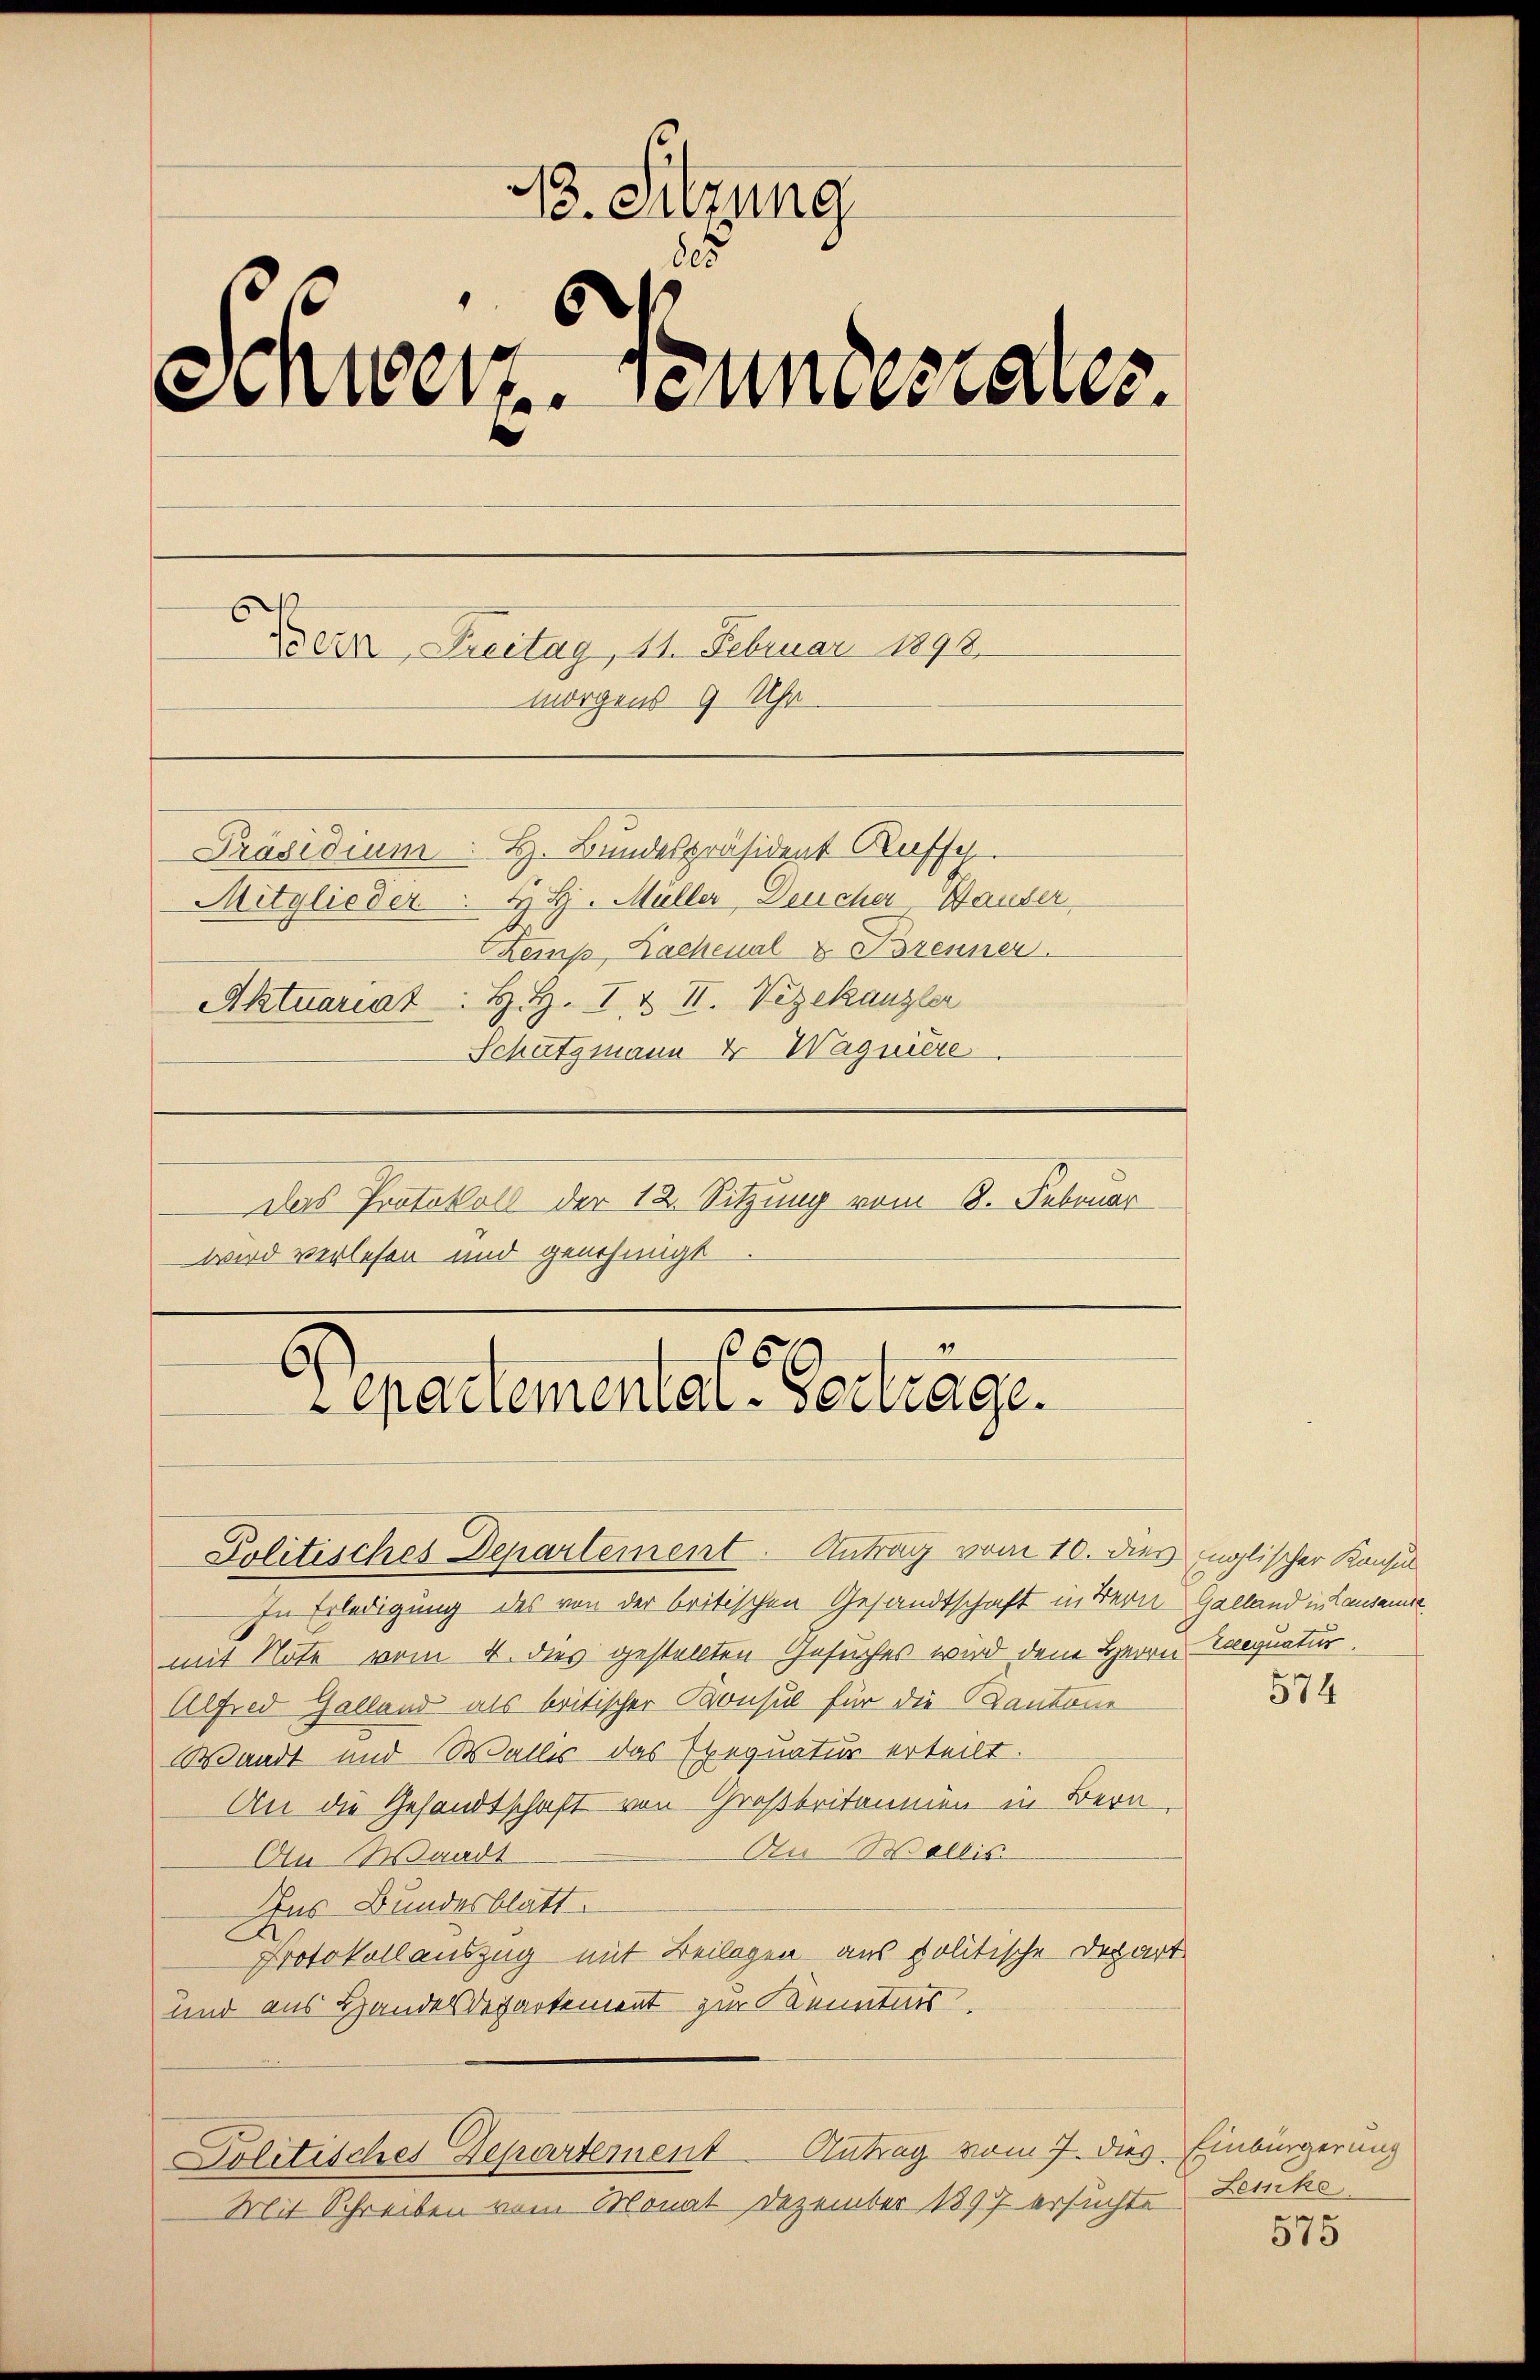
13. Sitzung
des
Einwert Neumater.
Treue, Freitag, 11. Februar 1892.
morgens 9 Uhr

Präsidium. H. Bundespräsident Rasse
Mitglieder H. H. Müller, Feucher Hauser
Kemp, Lachenal & Brenner
Aktuariat. H. H. I. & II. Vizekanzler
Schatzmann & Wagnière
Das Protokoll der 12. Sitzung vom 8. Februar
wird verlesen und genehmigt

6
epartemental-Vertrage.

Politisches Departement. Antrag vom 10. dies inglischer Konsul
In Erledigung des von der britischen Gesandtschaft in Bern Galland in Lausanermit Note vom 4. dies gestellten Gesuches wird dem Herrn Laequatur,
Alfred Galland als britischer Konsul für die Kantone
Waadt und Wallis das Exequatur erteilt.
An die Gesandtschaft von Großbritannien in Bern,
An Wallis
An Waadt
Ins Bundesblatt.
Protokoll auszug mit Beilagen aus politische Depart
und aus Handelsdepartement zur Kenntnis.
Antrag vom 7. dies Einbürgerung
Politisches Departement
Mit Schreiben vom Monat Dezember 1897 ersuchte

574

Leiko

575